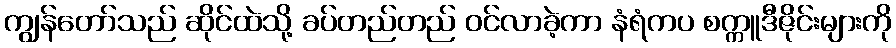
ကျွန်တော်သည် ဆိုင်ထဲသို့ ခပ်တည်တည် ဝင်လာခဲ့ကာ နံရံကပ စက္ကူဒီဇိုင်းများကို